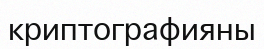
криптографияны